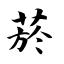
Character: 菸